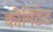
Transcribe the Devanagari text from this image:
कोमिटेट